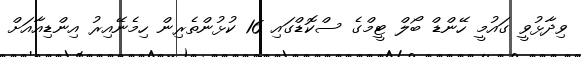
ވިދާޅުވީ ގައުމީ ހޭންޑް ބޯލް ޓީމްގެ ސްކޮޑްގައި 16 ކުޅުންތެރިން ހިމެނޭއިރު އިންޑިއާއަށް